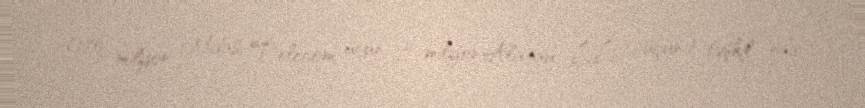
(170 milyon Midas Telecom üçün, 35 milyon Alatau LLP üçün) təşkil edir.